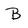
Character: B